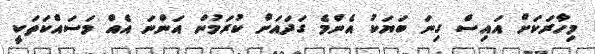
މިހާރަކަށް އައިސް ގިނަ ބަޔަކު އެންމެ ގަދައަށް ކުރަމުން އަންނަ އެއް މަސައްކަތަކީ